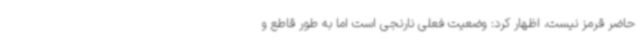
حاضر قرمز نیست، اظهار کرد: وضعیت فعلی نارنجی است اما به طور قاطع و